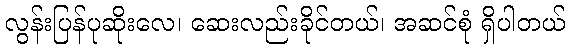
လွန်းပြန်ပုဆိုးလေ၊ ဆေးလည်းခိုင်တယ်၊ အဆင်စုံ ရှိပါတယ်